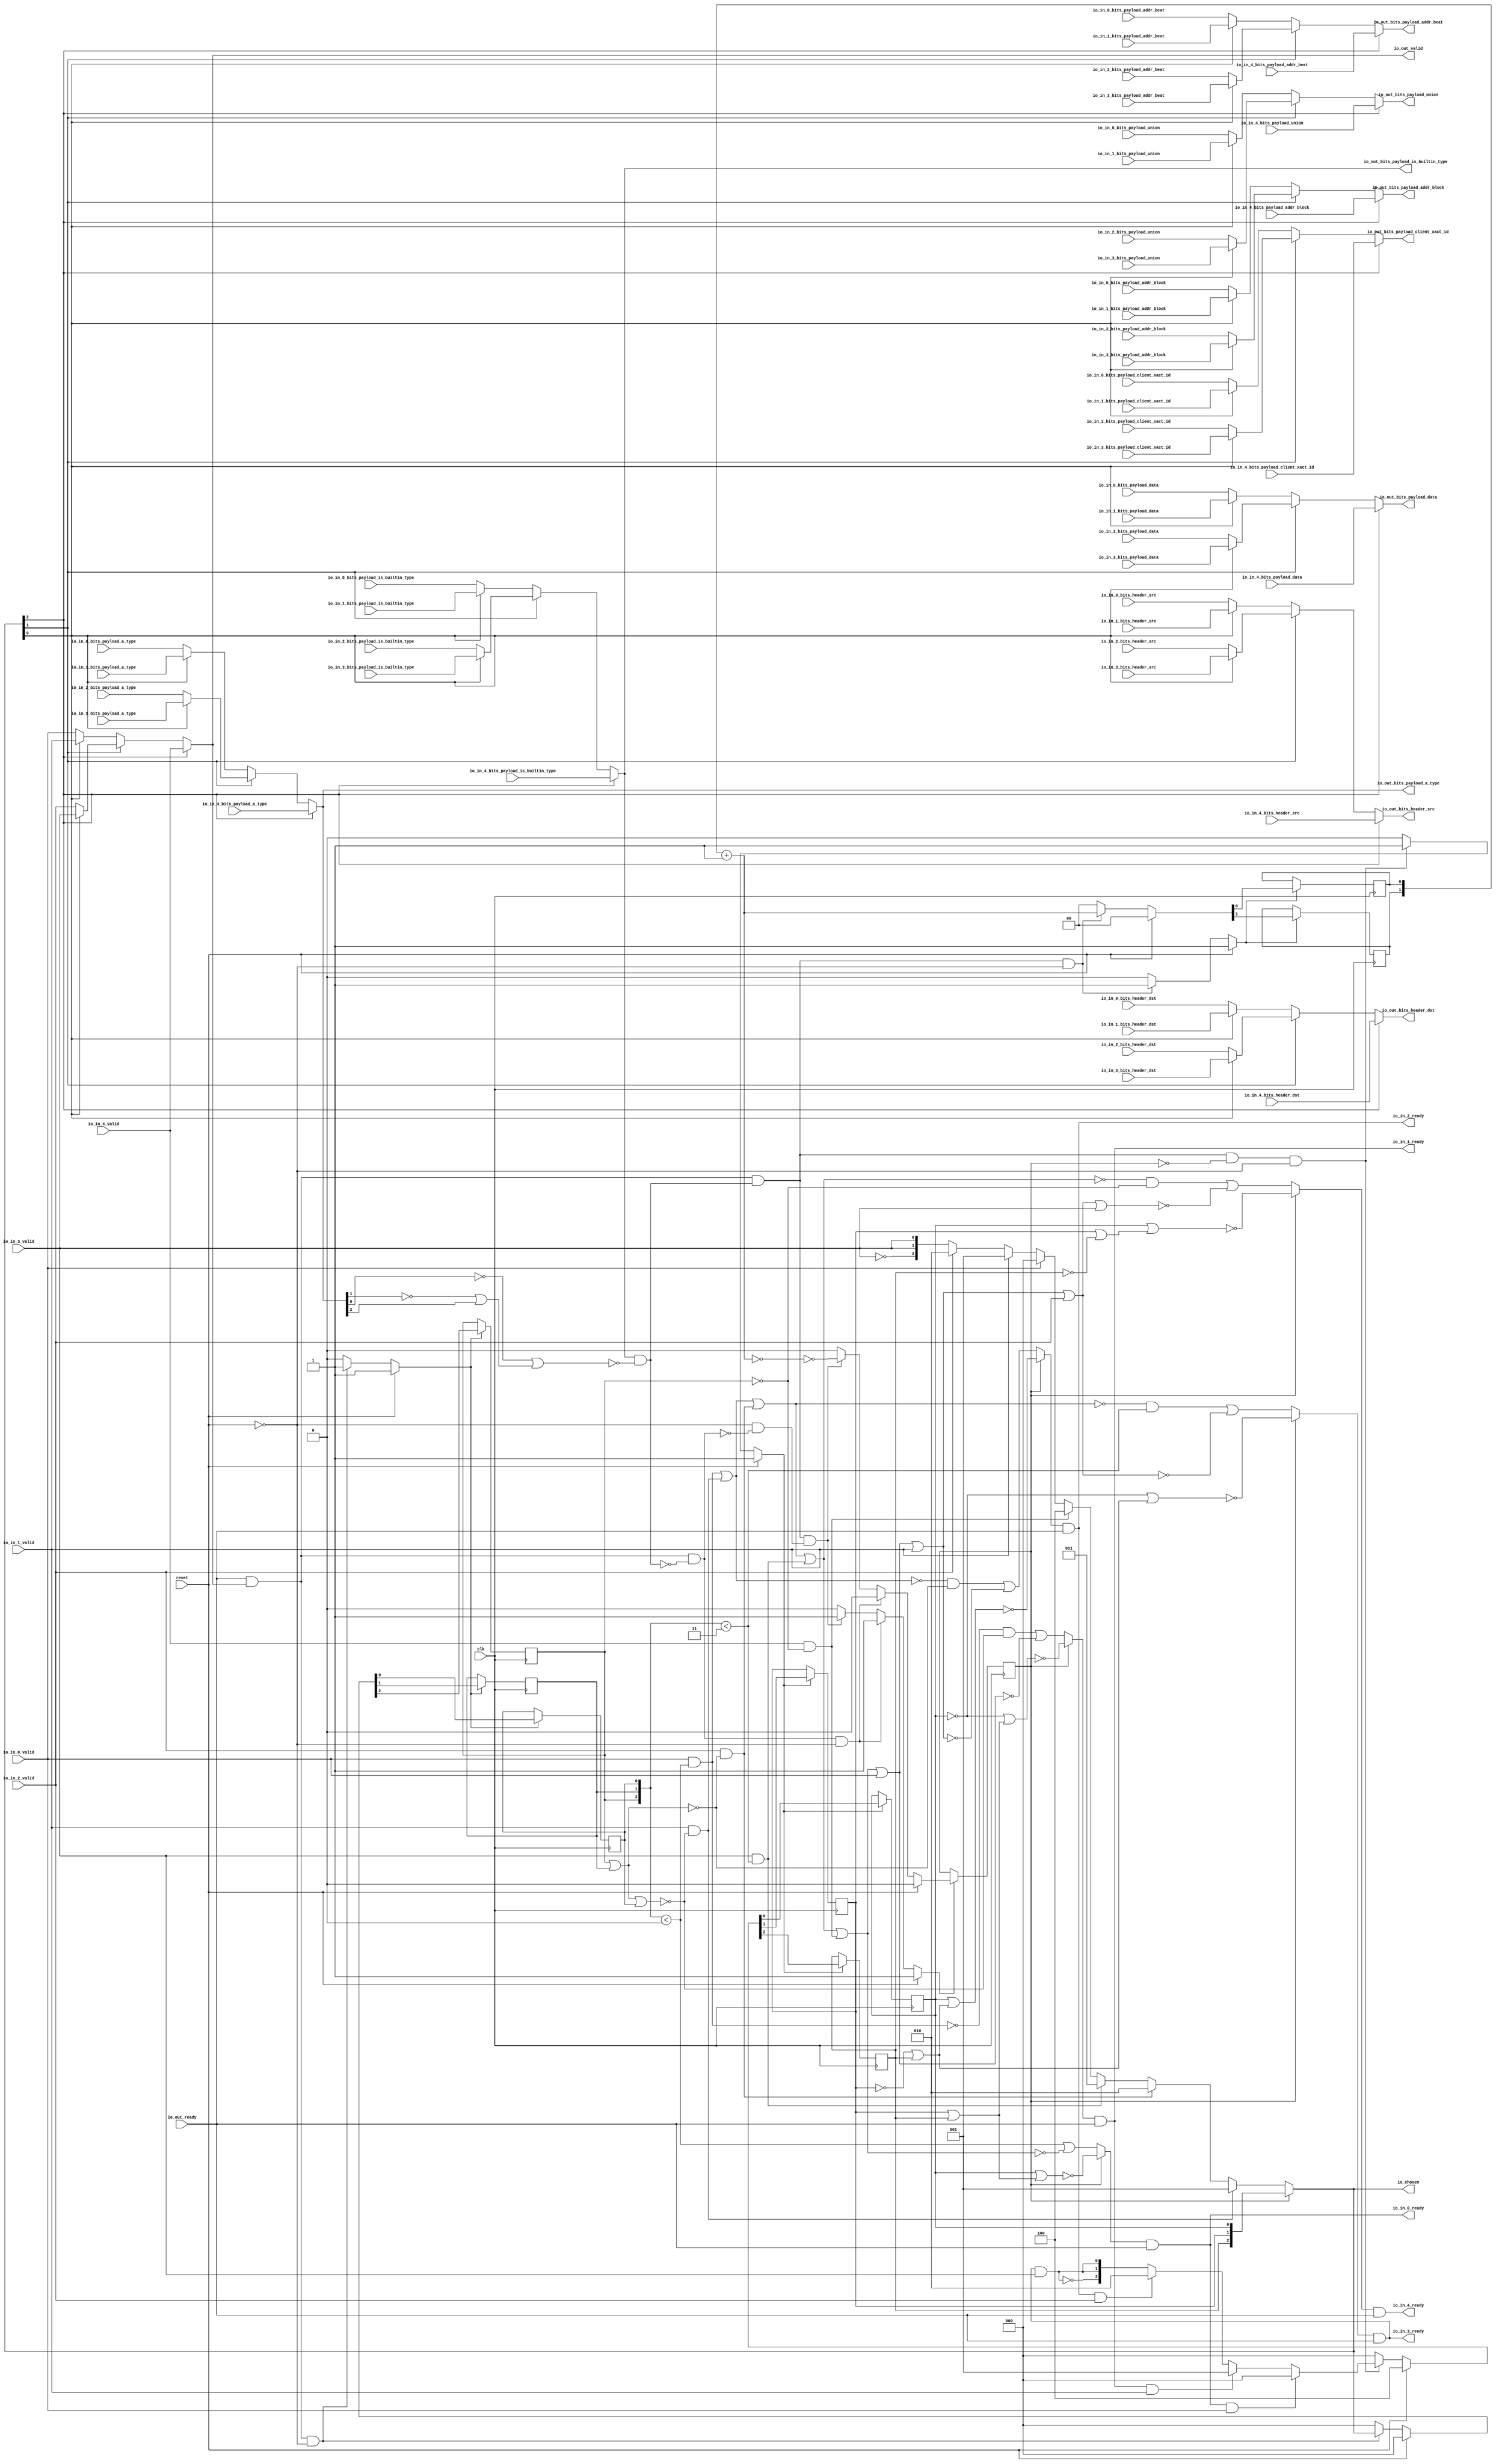
// This program was cloned from: https://github.com/NYU-MLDA/OpenABC
// License: BSD 3-Clause "New" or "Revised" License

module LockingRRArbiter_5
(
  clk,
  reset,
  io_in_4_ready,
  io_in_4_valid,
  io_in_4_bits_header_src,
  io_in_4_bits_header_dst,
  io_in_4_bits_payload_addr_block,
  io_in_4_bits_payload_client_xact_id,
  io_in_4_bits_payload_addr_beat,
  io_in_4_bits_payload_is_builtin_type,
  io_in_4_bits_payload_a_type,
  io_in_4_bits_payload_union,
  io_in_4_bits_payload_data,
  io_in_3_ready,
  io_in_3_valid,
  io_in_3_bits_header_src,
  io_in_3_bits_header_dst,
  io_in_3_bits_payload_addr_block,
  io_in_3_bits_payload_client_xact_id,
  io_in_3_bits_payload_addr_beat,
  io_in_3_bits_payload_is_builtin_type,
  io_in_3_bits_payload_a_type,
  io_in_3_bits_payload_union,
  io_in_3_bits_payload_data,
  io_in_2_ready,
  io_in_2_valid,
  io_in_2_bits_header_src,
  io_in_2_bits_header_dst,
  io_in_2_bits_payload_addr_block,
  io_in_2_bits_payload_client_xact_id,
  io_in_2_bits_payload_addr_beat,
  io_in_2_bits_payload_is_builtin_type,
  io_in_2_bits_payload_a_type,
  io_in_2_bits_payload_union,
  io_in_2_bits_payload_data,
  io_in_1_ready,
  io_in_1_valid,
  io_in_1_bits_header_src,
  io_in_1_bits_header_dst,
  io_in_1_bits_payload_addr_block,
  io_in_1_bits_payload_client_xact_id,
  io_in_1_bits_payload_addr_beat,
  io_in_1_bits_payload_is_builtin_type,
  io_in_1_bits_payload_a_type,
  io_in_1_bits_payload_union,
  io_in_1_bits_payload_data,
  io_in_0_ready,
  io_in_0_valid,
  io_in_0_bits_header_src,
  io_in_0_bits_header_dst,
  io_in_0_bits_payload_addr_block,
  io_in_0_bits_payload_client_xact_id,
  io_in_0_bits_payload_addr_beat,
  io_in_0_bits_payload_is_builtin_type,
  io_in_0_bits_payload_a_type,
  io_in_0_bits_payload_union,
  io_in_0_bits_payload_data,
  io_out_ready,
  io_out_valid,
  io_out_bits_header_src,
  io_out_bits_header_dst,
  io_out_bits_payload_addr_block,
  io_out_bits_payload_client_xact_id,
  io_out_bits_payload_addr_beat,
  io_out_bits_payload_is_builtin_type,
  io_out_bits_payload_a_type,
  io_out_bits_payload_union,
  io_out_bits_payload_data,
  io_chosen
);

  input [2:0] io_in_4_bits_header_src;
  input [2:0] io_in_4_bits_header_dst;
  input [25:0] io_in_4_bits_payload_addr_block;
  input [5:0] io_in_4_bits_payload_client_xact_id;
  input [1:0] io_in_4_bits_payload_addr_beat;
  input [2:0] io_in_4_bits_payload_a_type;
  input [16:0] io_in_4_bits_payload_union;
  input [127:0] io_in_4_bits_payload_data;
  input [2:0] io_in_3_bits_header_src;
  input [2:0] io_in_3_bits_header_dst;
  input [25:0] io_in_3_bits_payload_addr_block;
  input [5:0] io_in_3_bits_payload_client_xact_id;
  input [1:0] io_in_3_bits_payload_addr_beat;
  input [2:0] io_in_3_bits_payload_a_type;
  input [16:0] io_in_3_bits_payload_union;
  input [127:0] io_in_3_bits_payload_data;
  input [2:0] io_in_2_bits_header_src;
  input [2:0] io_in_2_bits_header_dst;
  input [25:0] io_in_2_bits_payload_addr_block;
  input [5:0] io_in_2_bits_payload_client_xact_id;
  input [1:0] io_in_2_bits_payload_addr_beat;
  input [2:0] io_in_2_bits_payload_a_type;
  input [16:0] io_in_2_bits_payload_union;
  input [127:0] io_in_2_bits_payload_data;
  input [2:0] io_in_1_bits_header_src;
  input [2:0] io_in_1_bits_header_dst;
  input [25:0] io_in_1_bits_payload_addr_block;
  input [5:0] io_in_1_bits_payload_client_xact_id;
  input [1:0] io_in_1_bits_payload_addr_beat;
  input [2:0] io_in_1_bits_payload_a_type;
  input [16:0] io_in_1_bits_payload_union;
  input [127:0] io_in_1_bits_payload_data;
  input [2:0] io_in_0_bits_header_src;
  input [2:0] io_in_0_bits_header_dst;
  input [25:0] io_in_0_bits_payload_addr_block;
  input [5:0] io_in_0_bits_payload_client_xact_id;
  input [1:0] io_in_0_bits_payload_addr_beat;
  input [2:0] io_in_0_bits_payload_a_type;
  input [16:0] io_in_0_bits_payload_union;
  input [127:0] io_in_0_bits_payload_data;
  output [2:0] io_out_bits_header_src;
  output [2:0] io_out_bits_header_dst;
  output [25:0] io_out_bits_payload_addr_block;
  output [5:0] io_out_bits_payload_client_xact_id;
  output [1:0] io_out_bits_payload_addr_beat;
  output [2:0] io_out_bits_payload_a_type;
  output [16:0] io_out_bits_payload_union;
  output [127:0] io_out_bits_payload_data;
  output [2:0] io_chosen;
  input clk;
  input reset;
  input io_in_4_valid;
  input io_in_4_bits_payload_is_builtin_type;
  input io_in_3_valid;
  input io_in_3_bits_payload_is_builtin_type;
  input io_in_2_valid;
  input io_in_2_bits_payload_is_builtin_type;
  input io_in_1_valid;
  input io_in_1_bits_payload_is_builtin_type;
  input io_in_0_valid;
  input io_in_0_bits_payload_is_builtin_type;
  input io_out_ready;
  output io_in_4_ready;
  output io_in_3_ready;
  output io_in_2_ready;
  output io_in_1_ready;
  output io_in_0_ready;
  output io_out_valid;
  output io_out_bits_payload_is_builtin_type;
  wire [2:0] io_out_bits_header_src,io_out_bits_header_dst,io_out_bits_payload_a_type,
  io_chosen,choose,T1,T2,T3,T4,T5,T6,T19,T20,T21,T60,T63,T61,T100,T103,T101,T108,T111,
  T109;
  wire [25:0] io_out_bits_payload_addr_block,T92,T95,T93;
  wire [5:0] io_out_bits_payload_client_xact_id,T84,T87,T85;
  wire [1:0] io_out_bits_payload_addr_beat,T37,T76,T79,T77;
  wire [16:0] io_out_bits_payload_union,T52,T55,T53;
  wire [127:0] io_out_bits_payload_data,T43,T47,T44;
  wire io_in_4_ready,io_in_3_ready,io_in_2_ready,io_in_1_ready,io_in_0_ready,
  io_out_valid,io_out_bits_payload_is_builtin_type,N0,N1,N2,N3,N4,N5,N6,N7,N8,N9,N10,N11,
  N12,N13,N14,N15,N16,N17,N18,N19,N20,N21,N22,N23,N24,N25,N26,N27,N28,N29,T16,N30,
  T14,N31,T12,N32,T8,N33,N34,N35,N36,N37,T9,T11,T13,T15,T17,T27,T26,N38,T25,N39,T24,
  N40,T23,N41,T29,T28,T32,T30,T40,T35,T36,T41,N42,N43,N44,T68,T71,T69,T116,T119,
  T117,T124,T125,T141,T126,T127,T130,T128,T129,T133,T131,T132,T136,T134,T135,T139,
  T137,T138,T140,T144,T145,T152,T146,T147,T148,T149,T150,T151,T154,T153,T157,T158,
  T166,T159,T160,T161,T162,T163,T164,T165,T168,T167,T169,T172,T173,T182,T174,T175,
  T176,T177,T178,T179,T180,T181,T184,T183,T185,T186,T189,T190,T200,T191,T192,T193,
  T194,T195,T196,T197,T198,T199,T202,T201,T203,T204,T205,N45,N46,N47,N48,N49,N50,N51,
  N52,N53,N54,N55,N56,N57,N58,N59,N60,N61,N62,N63,N64,N65,N66,N67,N68,N69,N70,N71,
  N72,N73,N74,N75,N76,N77,N78,N79,N80,N81,N82,N83,N84,N85,N86,N87,N88,N89,N90,N91,
  N92,N93,N94,N95,N96,N97,N98,N99,N100,N101,N102,N103,N104,N105,N106;
  wire [2:1] T7,T22;
  reg [2:0] last_grant,lockIdx;
  reg locked;
  reg [1:0] R38;
  assign T13 = last_grant < { 1'b1, 1'b1 };
  assign T36 = T37 == 1'b0;
  assign T132 = last_grant < { 1'b1, 1'b1 };
  assign T140 = last_grant < 1'b0;
  assign T141 = last_grant < 1'b0;
  assign T183 = last_grant < { 1'b1, 1'b1 };

  always @(posedge clk) begin
    if(N47) begin
      last_grant[2] <= N50;
    end 
  end


  always @(posedge clk) begin
    if(N47) begin
      last_grant[1] <= N49;
    end 
  end


  always @(posedge clk) begin
    if(N47) begin
      last_grant[0] <= N48;
    end 
  end


  always @(posedge clk) begin
    if(N53) begin
      lockIdx[2] <= N56;
    end 
  end


  always @(posedge clk) begin
    if(N53) begin
      lockIdx[1] <= N55;
    end 
  end


  always @(posedge clk) begin
    if(N53) begin
      lockIdx[0] <= N54;
    end 
  end


  always @(posedge clk) begin
    if(N60) begin
      locked <= N61;
    end 
  end


  always @(posedge clk) begin
    if(N64) begin
      R38[1] <= N66;
    end 
  end


  always @(posedge clk) begin
    if(N64) begin
      R38[0] <= N65;
    end 
  end

  assign N75 = ~lockIdx[2];
  assign N76 = lockIdx[1] | N75;
  assign N77 = lockIdx[0] | N76;
  assign N78 = ~N77;
  assign N79 = lockIdx[1] | lockIdx[2];
  assign N80 = lockIdx[0] | N79;
  assign N81 = ~N80;
  assign N82 = ~lockIdx[0];
  assign N83 = lockIdx[1] | lockIdx[2];
  assign N84 = N82 | N83;
  assign N85 = ~N84;
  assign N86 = ~io_out_bits_payload_a_type[1];
  assign N87 = ~io_out_bits_payload_a_type[0];
  assign N88 = N86 | io_out_bits_payload_a_type[2];
  assign N89 = N87 | N88;
  assign N90 = ~N89;
  assign N91 = ~lockIdx[1];
  assign N92 = N91 | lockIdx[2];
  assign N93 = lockIdx[0] | N92;
  assign N94 = ~N93;
  assign N95 = N91 | lockIdx[2];
  assign N96 = N82 | N95;
  assign N97 = ~N96;
  assign T37 = R38 + 1'b1;
  assign io_chosen = (N0)? lockIdx : 
                     (N1)? choose : 1'b0;
  assign N0 = locked;
  assign N1 = N29;
  assign choose = (N2)? { 1'b0, 1'b0, 1'b1 } : 
                  (N3)? T1 : 1'b0;
  assign N2 = T16;
  assign N3 = N30;
  assign T1 = (N4)? { 1'b0, 1'b1, 1'b0 } : 
              (N5)? T2 : 1'b0;
  assign N4 = T14;
  assign N5 = N31;
  assign T2 = (N6)? { 1'b0, 1'b1, 1'b1 } : 
              (N7)? T3 : 1'b0;
  assign N6 = T12;
  assign N7 = N32;
  assign T3 = (N8)? { 1'b1, 1'b0, 1'b0 } : 
              (N9)? T4 : 1'b0;
  assign N8 = T8;
  assign N9 = N33;
  assign T4 = (N10)? { 1'b0, 1'b0, 1'b0 } : 
              (N11)? T5 : 1'b0;
  assign N10 = io_in_0_valid;
  assign N11 = N34;
  assign T5 = (N12)? { 1'b0, 1'b0, 1'b1 } : 
              (N13)? T6 : 1'b0;
  assign N12 = io_in_1_valid;
  assign N13 = N35;
  assign T6 = (N14)? { 1'b0, 1'b1, 1'b0 } : 
              (N15)? { T7, T7[1:1] } : 1'b0;
  assign N14 = io_in_2_valid;
  assign N15 = N36;
  assign T19 = (N16)? { 1'b0, 1'b0, 1'b0 } : 
               (N17)? T20 : 1'b0;
  assign N16 = T26;
  assign N17 = N38;
  assign T20 = (N18)? { 1'b0, 1'b0, 1'b1 } : 
               (N19)? T21 : 1'b0;
  assign N18 = T25;
  assign N19 = N39;
  assign T21 = (N20)? { 1'b0, 1'b1, 1'b0 } : 
               (N21)? { T22, T22[1:1] } : 1'b0;
  assign N20 = T24;
  assign N21 = N40;
  assign io_out_bits_payload_data = (N22)? io_in_4_bits_payload_data : 
                                    (N23)? T43 : 1'b0;
  assign N22 = io_chosen[2];
  assign N23 = N42;
  assign T43 = (N24)? T47 : 
               (N25)? T44 : 1'b0;
  assign N24 = io_chosen[1];
  assign N25 = N43;
  assign T44 = (N26)? io_in_1_bits_payload_data : 
               (N27)? io_in_0_bits_payload_data : 1'b0;
  assign N26 = io_chosen[0];
  assign N27 = N44;
  assign T47 = (N26)? io_in_3_bits_payload_data : 
               (N27)? io_in_2_bits_payload_data : 1'b0;
  assign io_out_bits_payload_union = (N22)? io_in_4_bits_payload_union : 
                                     (N23)? T52 : 1'b0;
  assign T52 = (N24)? T55 : 
               (N25)? T53 : 1'b0;
  assign T53 = (N26)? io_in_1_bits_payload_union : 
               (N27)? io_in_0_bits_payload_union : 1'b0;
  assign T55 = (N26)? io_in_3_bits_payload_union : 
               (N27)? io_in_2_bits_payload_union : 1'b0;
  assign io_out_bits_payload_a_type = (N22)? io_in_4_bits_payload_a_type : 
                                      (N23)? T60 : 1'b0;
  assign T60 = (N24)? T63 : 
               (N25)? T61 : 1'b0;
  assign T61 = (N26)? io_in_1_bits_payload_a_type : 
               (N27)? io_in_0_bits_payload_a_type : 1'b0;
  assign T63 = (N26)? io_in_3_bits_payload_a_type : 
               (N27)? io_in_2_bits_payload_a_type : 1'b0;
  assign io_out_bits_payload_is_builtin_type = (N22)? io_in_4_bits_payload_is_builtin_type : 
                                               (N23)? T68 : 1'b0;
  assign T68 = (N24)? T71 : 
               (N25)? T69 : 1'b0;
  assign T69 = (N26)? io_in_1_bits_payload_is_builtin_type : 
               (N27)? io_in_0_bits_payload_is_builtin_type : 1'b0;
  assign T71 = (N26)? io_in_3_bits_payload_is_builtin_type : 
               (N27)? io_in_2_bits_payload_is_builtin_type : 1'b0;
  assign io_out_bits_payload_addr_beat = (N22)? io_in_4_bits_payload_addr_beat : 
                                         (N23)? T76 : 1'b0;
  assign T76 = (N24)? T79 : 
               (N25)? T77 : 1'b0;
  assign T77 = (N26)? io_in_1_bits_payload_addr_beat : 
               (N27)? io_in_0_bits_payload_addr_beat : 1'b0;
  assign T79 = (N26)? io_in_3_bits_payload_addr_beat : 
               (N27)? io_in_2_bits_payload_addr_beat : 1'b0;
  assign io_out_bits_payload_client_xact_id = (N22)? io_in_4_bits_payload_client_xact_id : 
                                              (N23)? T84 : 1'b0;
  assign T84 = (N24)? T87 : 
               (N25)? T85 : 1'b0;
  assign T85 = (N26)? io_in_1_bits_payload_client_xact_id : 
               (N27)? io_in_0_bits_payload_client_xact_id : 1'b0;
  assign T87 = (N26)? io_in_3_bits_payload_client_xact_id : 
               (N27)? io_in_2_bits_payload_client_xact_id : 1'b0;
  assign io_out_bits_payload_addr_block = (N22)? io_in_4_bits_payload_addr_block : 
                                          (N23)? T92 : 1'b0;
  assign T92 = (N24)? T95 : 
               (N25)? T93 : 1'b0;
  assign T93 = (N26)? io_in_1_bits_payload_addr_block : 
               (N27)? io_in_0_bits_payload_addr_block : 1'b0;
  assign T95 = (N26)? io_in_3_bits_payload_addr_block : 
               (N27)? io_in_2_bits_payload_addr_block : 1'b0;
  assign io_out_bits_header_dst = (N22)? io_in_4_bits_header_dst : 
                                  (N23)? T100 : 1'b0;
  assign T100 = (N24)? T103 : 
                (N25)? T101 : 1'b0;
  assign T101 = (N26)? io_in_1_bits_header_dst : 
                (N27)? io_in_0_bits_header_dst : 1'b0;
  assign T103 = (N26)? io_in_3_bits_header_dst : 
                (N27)? io_in_2_bits_header_dst : 1'b0;
  assign io_out_bits_header_src = (N22)? io_in_4_bits_header_src : 
                                  (N23)? T108 : 1'b0;
  assign T108 = (N24)? T111 : 
                (N25)? T109 : 1'b0;
  assign T109 = (N26)? io_in_1_bits_header_src : 
                (N27)? io_in_0_bits_header_src : 1'b0;
  assign T111 = (N26)? io_in_3_bits_header_src : 
                (N27)? io_in_2_bits_header_src : 1'b0;
  assign io_out_valid = (N22)? io_in_4_valid : 
                        (N23)? T116 : 1'b0;
  assign T116 = (N24)? T119 : 
                (N25)? T117 : 1'b0;
  assign T117 = (N26)? io_in_1_valid : 
                (N27)? io_in_0_valid : 1'b0;
  assign T119 = (N26)? io_in_3_valid : 
                (N27)? io_in_2_valid : 1'b0;
  assign T124 = (N0)? N81 : 
                (N1)? T125 : 1'b0;
  assign T144 = (N0)? N85 : 
                (N1)? T145 : 1'b0;
  assign T157 = (N0)? N94 : 
                (N1)? T158 : 1'b0;
  assign T172 = (N0)? N97 : 
                (N1)? T173 : 1'b0;
  assign T189 = (N0)? N78 : 
                (N1)? T190 : 1'b0;
  assign N47 = (N28)? 1'b1 : 
               (N68)? 1'b1 : 
               (N46)? 1'b0 : 1'b0;
  assign N28 = reset;
  assign { N50, N49, N48 } = (N28)? { 1'b0, 1'b0, 1'b0 } : 
                             (N68)? io_chosen : 1'b0;
  assign N53 = (N28)? 1'b1 : 
               (N69)? 1'b1 : 
               (N52)? 1'b0 : 1'b0;
  assign { N56, N55, N54 } = (N28)? { 1'b1, 1'b0, 1'b0 } : 
                             (N69)? T19 : 1'b0;
  assign N60 = (N28)? 1'b1 : 
               (N70)? 1'b1 : 
               (N73)? 1'b1 : 
               (N59)? 1'b0 : 1'b0;
  assign N61 = (N28)? 1'b0 : 
               (N70)? 1'b0 : 
               (N73)? T35 : 1'b0;
  assign N64 = (N28)? 1'b1 : 
               (N74)? 1'b1 : 
               (N63)? 1'b0 : 1'b0;
  assign { N66, N65 } = (N28)? { 1'b0, 1'b0 } : 
                        (N74)? T37 : 1'b0;
  assign N29 = ~locked;
  assign N30 = ~T16;
  assign N31 = ~T14;
  assign N32 = ~T12;
  assign N33 = ~T8;
  assign N34 = ~io_in_0_valid;
  assign N35 = ~io_in_1_valid;
  assign N36 = ~io_in_2_valid;
  assign N37 = ~io_in_3_valid;
  assign T7[1] = io_in_3_valid;
  assign T7[2] = N37;
  assign T8 = io_in_4_valid & T9;
  assign T9 = ~last_grant[2];
  assign T11 = io_out_ready & io_out_valid;
  assign T12 = io_in_3_valid & T13;
  assign T14 = io_in_2_valid & T15;
  assign T15 = ~N98;
  assign N98 = last_grant[2] | last_grant[1];
  assign T16 = io_in_1_valid & T17;
  assign T17 = ~N100;
  assign N100 = N99 | last_grant[0];
  assign N99 = last_grant[2] | last_grant[1];
  assign N38 = ~T26;
  assign N39 = ~T25;
  assign N40 = ~T24;
  assign N41 = ~T23;
  assign T22[1] = T23;
  assign T22[2] = N41;
  assign T23 = io_in_3_ready & io_in_3_valid;
  assign T24 = io_in_2_ready & io_in_2_valid;
  assign T25 = io_in_1_ready & io_in_1_valid;
  assign T26 = io_in_0_ready & io_in_0_valid;
  assign T27 = T29 & T28;
  assign T28 = ~locked;
  assign T29 = T32 & T30;
  assign T30 = io_out_bits_payload_is_builtin_type & N90;
  assign T32 = io_out_valid & io_out_ready;
  assign T35 = ~T36;
  assign T40 = T32 & T41;
  assign T41 = ~T30;
  assign N42 = ~io_chosen[2];
  assign N43 = ~io_chosen[1];
  assign N44 = ~io_chosen[0];
  assign io_in_0_ready = T124 & io_out_ready;
  assign T125 = T141 | T126;
  assign T126 = ~T127;
  assign T127 = T130 | T128;
  assign T128 = io_in_4_valid & T129;
  assign T129 = ~last_grant[2];
  assign T130 = T133 | T131;
  assign T131 = io_in_3_valid & T132;
  assign T133 = T136 | T134;
  assign T134 = io_in_2_valid & T135;
  assign T135 = ~N101;
  assign N101 = last_grant[2] | last_grant[1];
  assign T136 = T139 | T137;
  assign T137 = io_in_1_valid & T138;
  assign T138 = ~N103;
  assign N103 = N102 | last_grant[0];
  assign N102 = last_grant[2] | last_grant[1];
  assign T139 = io_in_0_valid & T140;
  assign io_in_1_ready = T144 & io_out_ready;
  assign T145 = T152 | T146;
  assign T146 = ~T147;
  assign T147 = T148 | io_in_0_valid;
  assign T148 = T149 | T128;
  assign T149 = T150 | T131;
  assign T150 = T151 | T134;
  assign T151 = T139 | T137;
  assign T152 = T154 & T153;
  assign T153 = ~N105;
  assign N105 = N104 | last_grant[0];
  assign N104 = last_grant[2] | last_grant[1];
  assign T154 = ~T139;
  assign io_in_2_ready = T157 & io_out_ready;
  assign T158 = T166 | T159;
  assign T159 = ~T160;
  assign T160 = T161 | io_in_1_valid;
  assign T161 = T162 | io_in_0_valid;
  assign T162 = T163 | T128;
  assign T163 = T164 | T131;
  assign T164 = T165 | T134;
  assign T165 = T139 | T137;
  assign T166 = T168 & T167;
  assign T167 = ~N106;
  assign N106 = last_grant[2] | last_grant[1];
  assign T168 = ~T169;
  assign T169 = T139 | T137;
  assign io_in_3_ready = T172 & io_out_ready;
  assign T173 = T182 | T174;
  assign T174 = ~T175;
  assign T175 = T176 | io_in_2_valid;
  assign T176 = T177 | io_in_1_valid;
  assign T177 = T178 | io_in_0_valid;
  assign T178 = T179 | T128;
  assign T179 = T180 | T131;
  assign T180 = T181 | T134;
  assign T181 = T139 | T137;
  assign T182 = T184 & T183;
  assign T184 = ~T185;
  assign T185 = T186 | T134;
  assign T186 = T139 | T137;
  assign io_in_4_ready = T189 & io_out_ready;
  assign T190 = T200 | T191;
  assign T191 = ~T192;
  assign T192 = T193 | io_in_3_valid;
  assign T193 = T194 | io_in_2_valid;
  assign T194 = T195 | io_in_1_valid;
  assign T195 = T196 | io_in_0_valid;
  assign T196 = T197 | T128;
  assign T197 = T198 | T131;
  assign T198 = T199 | T134;
  assign T199 = T139 | T137;
  assign T200 = T202 & T201;
  assign T201 = ~last_grant[2];
  assign T202 = ~T203;
  assign T203 = T204 | T131;
  assign T204 = T205 | T134;
  assign T205 = T139 | T137;
  assign N45 = T11 | reset;
  assign N46 = ~N45;
  assign N51 = T27 | reset;
  assign N52 = ~N51;
  assign N57 = T40 | reset;
  assign N58 = T29 | N57;
  assign N59 = ~N58;
  assign N62 = T29 | reset;
  assign N63 = ~N62;
  assign N67 = ~reset;
  assign N68 = T11 & N67;
  assign N69 = T27 & N67;
  assign N70 = T40 & N67;
  assign N71 = ~T40;
  assign N72 = N67 & N71;
  assign N73 = T29 & N72;
  assign N74 = T29 & N67;

endmodule